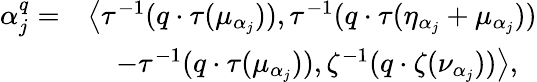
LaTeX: \begin{array}{rl}{\alpha_{j}^{q}=}&{\big\langle\tau^{-1}(q\cdot\tau(\mu_{\alpha_{j}})),\tau^{-1}(q\cdot\tau(\eta_{\alpha_{j}}+\mu_{\alpha_{j}}))}\\ &{\quad-\tau^{-1}(q\cdot\tau(\mu_{\alpha_{j}})),\zeta^{-1}(q\cdot\zeta(\nu_{\alpha_{j}}))\big\rangle,}\end{array}